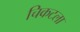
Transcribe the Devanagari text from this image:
चिकटला